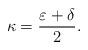
LaTeX: \begin{align*}\kappa = \frac{\varepsilon + \delta}{2}.\end{align*}